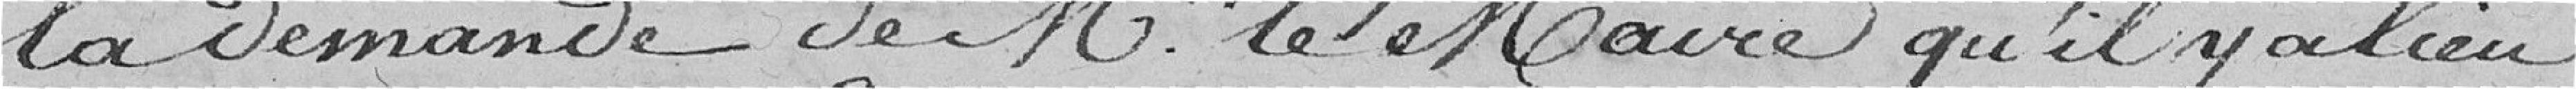
la demande de Monsieur le Maire qu'il y a lieu